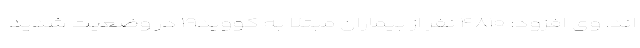
اند. وی افزود: ۴۸۱۰ نفر از بیماران مبتلا به کووید۱۹ در وضعیت شدید